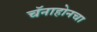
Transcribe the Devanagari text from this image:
चॅनाहोनचा